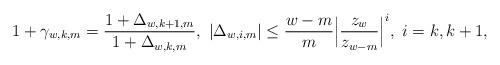
\begin{align*}1+\gamma_{w,k,m}=\frac{1+\Delta_{w,k+1,m}}{1+\Delta_{w,k,m}},~ |\Delta_{w,i,m}| \le\frac{w-m}{m}\Big|\frac{z_{w}}{z_{w-m}}\Big|^i,~i=k,k+1, \end{align*}